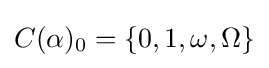
C(\alpha )_{0}=\{0,1,\omega ,\Omega \}